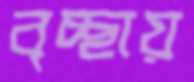
বৃচ্ছায়